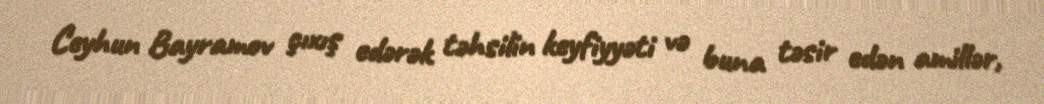
Ceyhun Bayramov çıxış edərək təhsilin keyfiyyəti və buna təsir edən amillər,